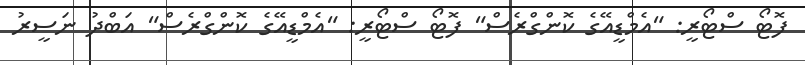
ފޮޓޯ ސްޓޯރީ: "އެމްޑީއޭގެ ކޮންގްރެސް" ފޮޓޯ ސްޓޯރީ: "އެމްޑީއޭގެ ކޮންގްރެސް" އަބްދު ނަސީރު